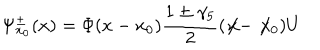
LaTeX: \Psi _ { x _ { 0 } } ^ { \pm } ( x ) = \Phi ( x - x _ { 0 } ) \frac { 1 \pm \gamma _ { 5 } } { 2 } ( \not \! x - \not \! x _ { 0 } ) U